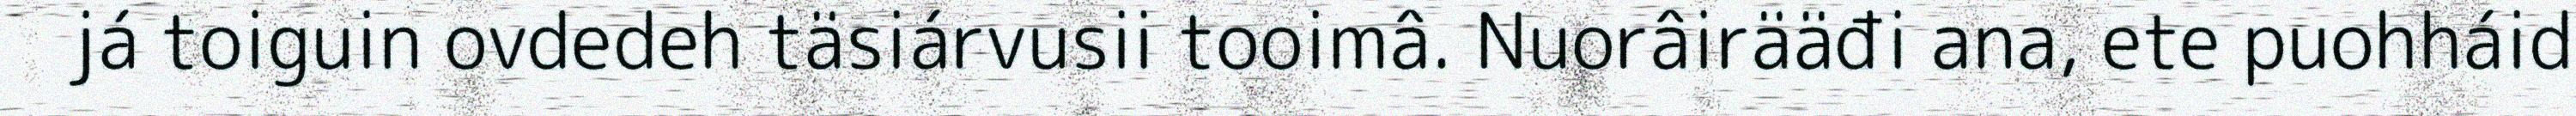
já toiguin ovdedeh täsiárvusii tooimâ. Nuorâirääđi ana, ete puohháid